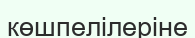
көшпелілеріне